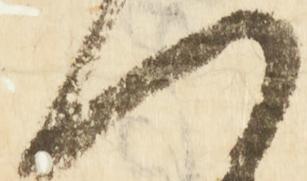
つ